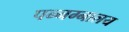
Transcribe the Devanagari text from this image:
पन्नग्नालय